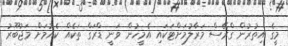
މީގެ އިތުރުން ގްރޭސް މަރާލުމަށްޓަކައި އެމީހުން ވަނީ ޑްރަގް ތަކެއް ކެއުމަށް މަޖުބޫރު